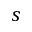
s